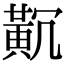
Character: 𪎸